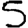
Digit: 5